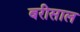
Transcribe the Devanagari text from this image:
बरीसाल